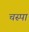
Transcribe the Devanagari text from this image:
चस्‍पा